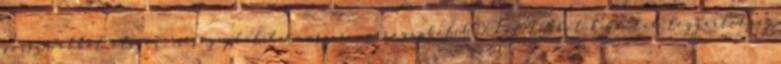
porszívókból ötször, mosógépből háromszor, varrógépből 60%-kal többet kívántak legyártatni.